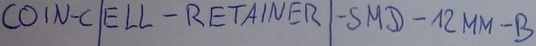
Text: COIN-CELL-RETAINER-SMD-12MM-B